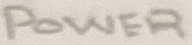
Text: POWER